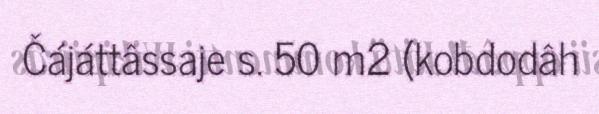
Čájáttâssaje s. 50 m2 (kobdodâh